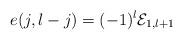
LaTeX: \begin{align*}\ e(j,l-j)=(-1)^{l}\mathcal{E}_{1,l+1}\end{align*}